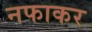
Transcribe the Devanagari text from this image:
नफाकर